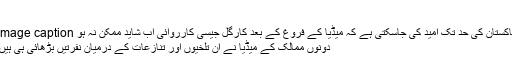
‘
Image caption پاکستان کی حد تک امید کی جاسکتی ہے کہ میڈیا کے فروغ کے بعد کارگل جیسی کارروائی اب شاید ممکن نہ ہو
دونوں ممالک کے میڈیا نے ان تلخیوں اور تنازعات کے درمیان نفرتیں بڑھائی ہی ہیں۔